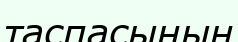
таспасының